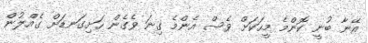
އޭނާ ބުނީ ކޮންމެ މީހަކަށް ވެސް އެންމެ ގިނަ ވެގެން ހަށިގަނޑަށް ގެއްލުން